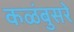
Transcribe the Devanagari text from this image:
कळंबुसरे